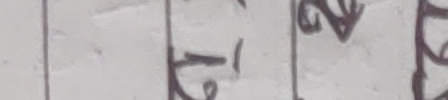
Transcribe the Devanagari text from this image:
पि ।